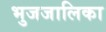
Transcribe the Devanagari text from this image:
भुजजालिका